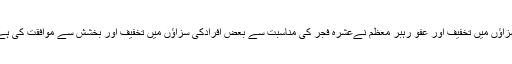
سزاؤں میں تخفیف اور عفو رہبر معظم نےعشرہ فجر کی مناسبت سے بعض افرادکی سزاؤں میں تخفیف اور بخشش سے موافقت کی ہے۔